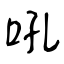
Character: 吼